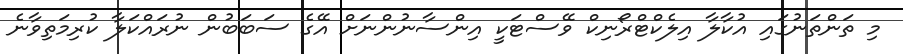
މި ތަންތަނުގައި އުކާލާ އިލެކްޓްރޯނިކް ވޭސްޓަކީ އިންސާނުންނަށް އޭގެ ސަބަބުން ނުރައްކަލާ ކުރިމަތިވާނެ